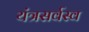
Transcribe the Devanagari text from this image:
यंत्रसर्वस्व